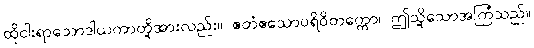
ထိုငါးရာသောဒါယကာတို့အားလည်း။ ဧတံဧသောပရိဝိတက္ကော၊ ဤသို့သောအကြံသည်။